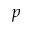
p